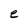
Character: e